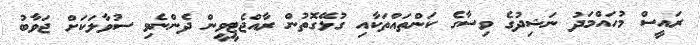
ރައީސް މުހައްމަދު ނަޝިދުގެ ވިސާގެ ކަންތައްތަކާއި ގުޅޭގޮތުން ރާއްޖެޓީވީން ދެންނެވި ސުވާލަކަށް ޖަވާބު